Lunatic asylums in Bengal annual reports 1899-1911 - 1899-1911
Year: 1899
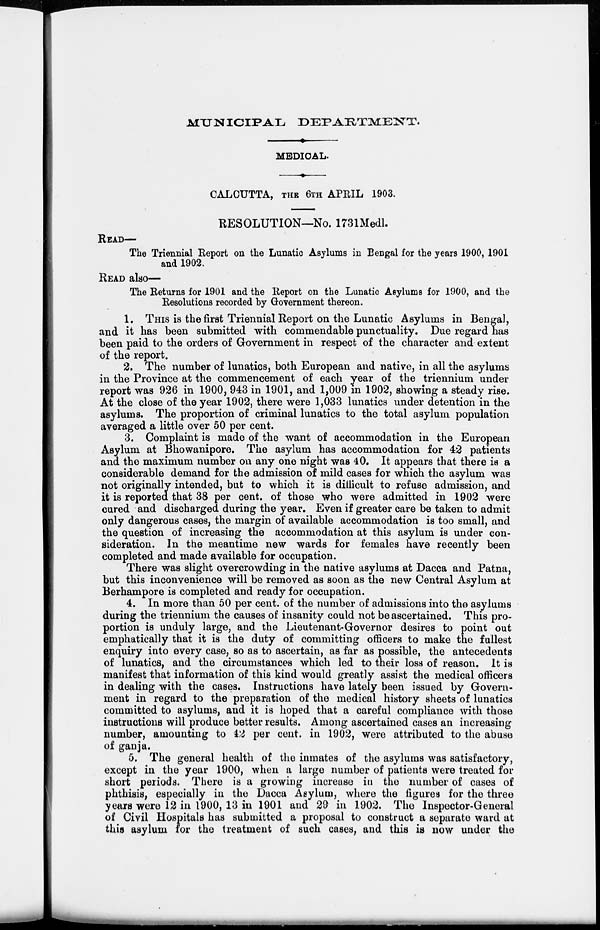
MUNICIPAL
DEPARTMENT.
MEDICAL.
CALCUTTA, THE 6TH APRIL 1903.
RESOLUTION—No. 1731Medl.
READ—
The Triennial Report on the Lunatic Asylums in Bengal for the years 1900, 1901
and 1902.
READ also—
The Returns for 1901 and the Report on the Lunatic Asylums for 1900, and the
Resolutions recorded by Government thereon.
1. THIS is the first Triennial Report on the Lunatic Asylums in Bengal,
and it has been submitted with commendable punctuality. Due regard has
been paid to the orders of Government in respect of the character and extent
of the report.
2. The number of lunatics, both European and native, in all the asylums
in the Province at the commencement of each year of the triennium under
report was 926 in 1900, 943 in 1901, and 1,009 in1902, showing a steady rise.
At the close of the year 1902, there were 1,033 lunatics under detention in the
asylums. The proportion of criminal lunatics to the total asylum population
averaged a little over 50 per cent.
3. Complaint is made of the want of accommodation in the European
Asylum at Bhowanipore. The asylum has accommodation for 42 patients
and the maximum number on any one night was 40. It appears that there is a
considerable demand for the admission of mild cases for which the asylum was
not originally intended, but to which it is difficult to refuse admission, and
it is reported that 38 per cent. of those who were admitted in 1902 were
cured and discharged during the year. Even if greater care be taken to admit
only dangerous cases, the margin of available accommodation is too small, and
the question of increasing the accommodation at this asylum is under con-
sideration. In the meantime new wards for females have recently been
completed and made available for occupation.
There was slight overcrowding in the native asylums at Dacca and Patna,
but this inconvenience will be removed as soon as the new Central Asylum at
Berhampore is completed and ready for occupation.
4. In more than 50 per cent. of the number of admissions into the asylums
during the triennium the causes of insanity could not be ascertained. This pro-
portion is unduly large, and the Lieutenant-Governor desires to point out
emphatically that it is the duty of committing officers to make the fullest
enquiry into every case, so as to ascertain, as far as possible, the antecedents
of lunatics, and the circumstances which led to their loss of reason. It is
manifest that information of this kind would greatly assist the medical officers
in dealing with the cases. Instructions have lately been issued by Govern-
ment in regard to the preparation of the medical history sheets of lunatics
committed to asylums, and it is hoped that a careful compliance with those
instructions will produce better results. Among ascertained cases an increasing
number, amounting to 42 per cent. in 1902, were attributed to the abuse
of ganja.
5. The general health of the inmates of the asylums was satisfactory,
except in the year 1900, when a large number of patients were treated for
short periods. There is a growing increase in the number of cases of
phthisis, especially in the Dacca Asylum, where the figures for the three
years were 12 in 1900, 13 in 1901 and 29 in 1902. The Inspector-General
of Civil Hospitals has submitted a proposal to construct a separate ward at
this asylum for the treatment of such cases, and this is now under the